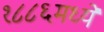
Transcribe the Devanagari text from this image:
१८८६मध्ये